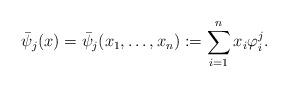
LaTeX: \begin{align*}\bar \psi_j(x)=\bar \psi_j(x_1,\ldots,x_n):=\sum_{i=1}^nx_i\varphi^j_i.\end{align*}